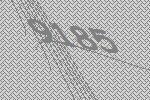
9185